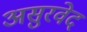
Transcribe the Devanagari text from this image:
असुरवेद